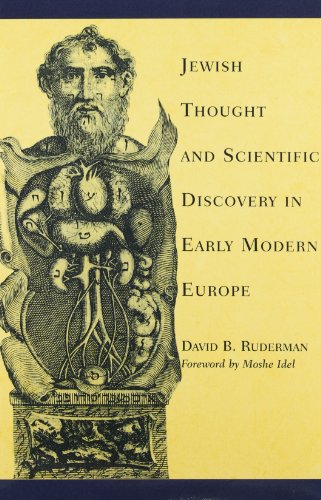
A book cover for Jewish Thought and Scientific Discovery in Early Modern Europe; David B. Ruderman; Religion & Spirituality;